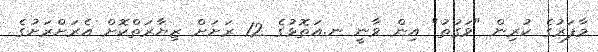
މާފަރުގެ ކުރިން "ވަގުތު" އިން ވާނީ ނ.އަތޮޅުގެ 12 ރަށަށް ޒިޔާރަތްކޮށް އެރަށްރަށުގެ